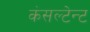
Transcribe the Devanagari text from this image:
कंसल्टेन्ट